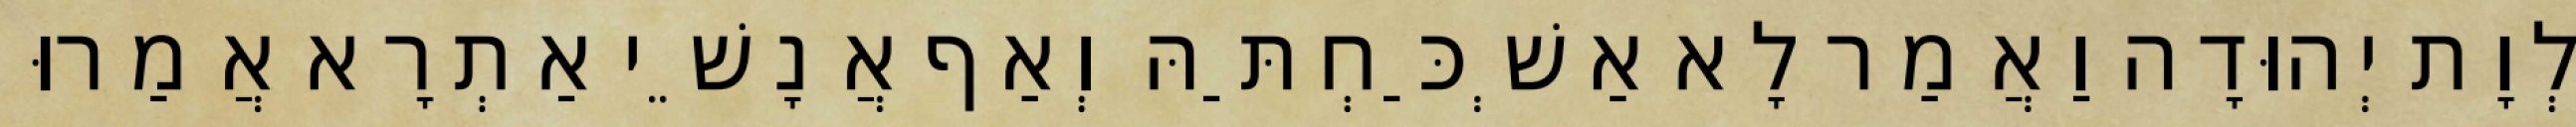
לְוָת יְהוּדָה וַאֲמַר לָא אַשְׁכַּחְתַּהּ וְאַף אֲנָשֵׁי אַתְרָא אֲמַרוּ